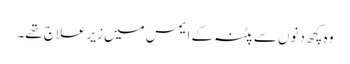
وہ کچھ دنوں سے پٹنہ کے ایمس میں زیرعلاج تھے۔